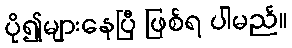
ပို၍များနေပြီ ဖြစ်ရ ပါမည်။